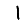
Digit: 1